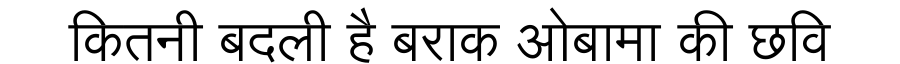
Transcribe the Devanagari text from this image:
कितनी बदली है बराक ओबामा की छवि